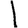
Digit: 1